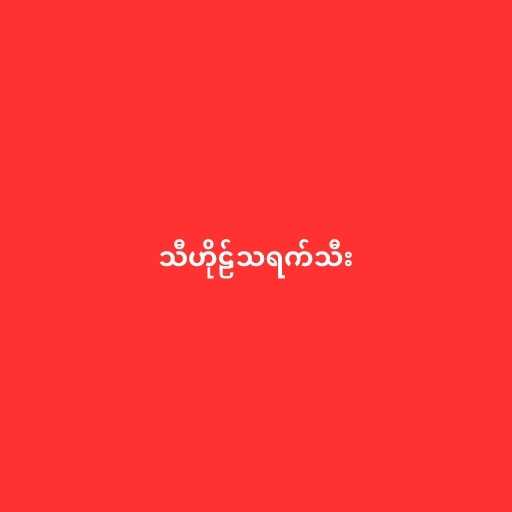
သီဟိုဠ်သရက်သီး